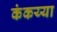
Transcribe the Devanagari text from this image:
कंकय्या